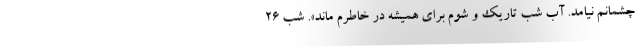
چشمانم نیامد. آب شب تاریک و شوم برای همیشه در خاطرم ماند». شب ٢٦